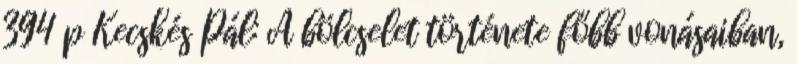
394 p Kecskés Pál: A bölcselet története főbb vonásaiban,